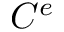
C ^ { e }